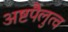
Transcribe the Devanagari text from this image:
अष्टपैलुत्व